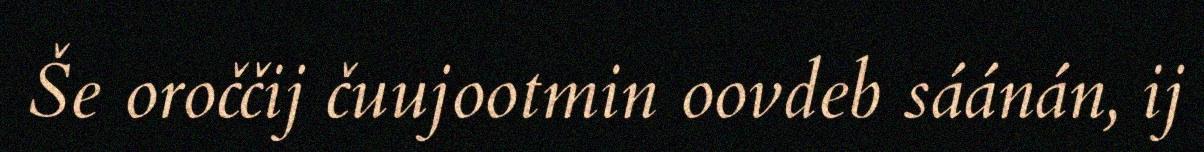
Še oroččij čuujootmin oovdeb sáánán, ij